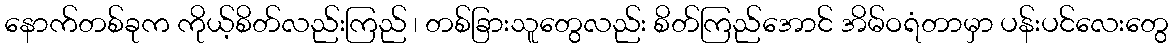
နောက်တစ်ခုက ကိုယ့်စိတ်လည်းကြည် ၊ တစ်ခြားသူတွေလည်း စိတ်ကြည်အောင် အိမ်ဝရံတာမှာ ပန်းပင်လေးတွေ